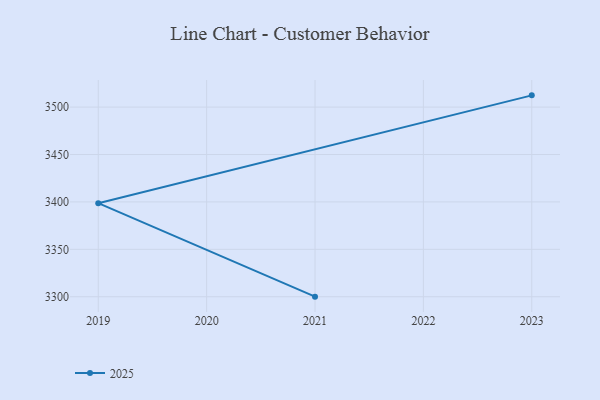
{"axis": {"x": "Year", "y": "Net Income (USD K)"}, "legend": ["2025"], "data": [{"x": "2021", "y": 3300.1, "type": "2025"}, {"x": "2019", "y": 3398.7, "type": "2025"}, {"x": "2023", "y": 3512.4, "type": "2025"}]}